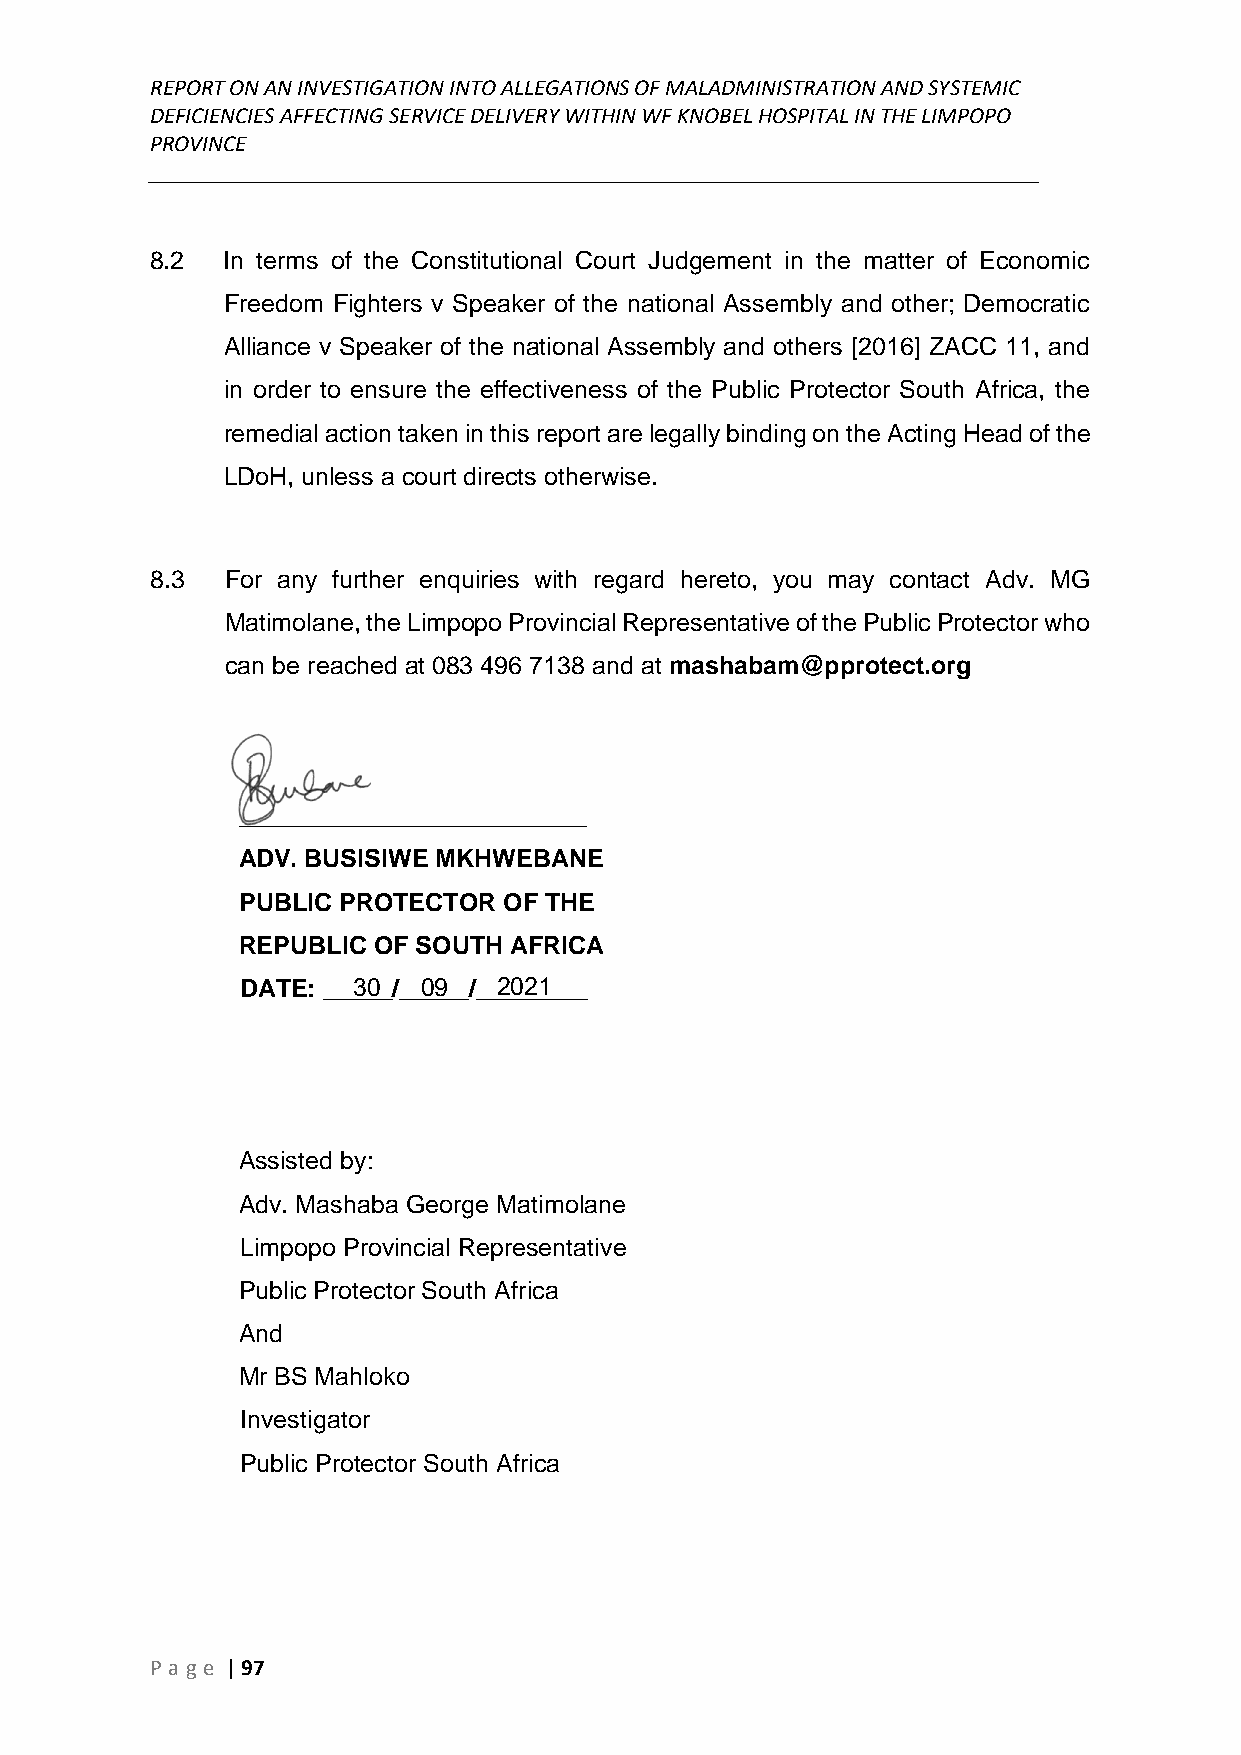
REPORT ON AN INVESTIGATION INTO ALLEGATIONS OF MALADMINISTRATION AND SYSTEMIC
 DEFICIENCIES AFFECTING SERVICE DELIVERY WITHIN WF KNOBEL HOSPITAL IN THE LIMPOPO
 PROVINCE
 ______________________________________________________________________________
 8.2  In terms of the Constitutional Court Judgement in the matter of Economic
 Freedom Fighters v Speaker of the national Assembly and other; Democratic
 Alliance v Speaker of the national Assembly and others [2016] ZACC 11, and
 in order to ensure the effectiveness of the Public Protector South Africa, the
 remedial action taken in this report are legally binding on the Acting Head of the
 LDoH, unless a court directs otherwise.
 8.3  For any further enquiries with regard hereto, you may contact Adv. MG
 Matimolane, the Limpopo Provincial Representative of the Public Protector who
 can be reached at 083 496 7138 and at mashabam@pprotect.org
 _________________________
 ADV. BUSISIWE MKHWEBANE
 PUBLIC PROTECTOR OF THE
 REPUBLIC OF SOUTH AFRICA
 DATE: ___3_0_/__0_9__/__2_0_2_1___
 Assisted by:
 Adv. Mashaba George Matimolane
 Limpopo Provincial Representative
 Public Protector South Africa
 And
 Mr BS Mahloko
 Investigator
 Public Protector South Africa
 P age | 97